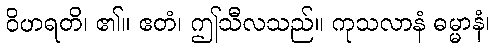
ဝိဟရတိ၊ ၏။ ဧတံ၊ ဤသီလသည်။ ကုသလာနံ ဓမ္မာနံ၊